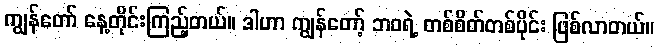
ကျွန်တော် နေ့တိုင်းကြည့်တယ်။ ဒါဟာ ကျွန်တော့် ဘဝရဲ့ တစ်စိတ်တစ်ပိုင်း ဖြစ်လာတယ်။